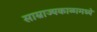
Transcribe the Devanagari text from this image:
साम्राज्यकाळामध्ये